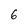
Character: 6